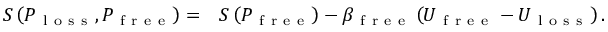
\begin{array} { r l } { S \left( P _ { \mathrm { ~ l ~ o ~ s ~ s ~ } } , P _ { \mathrm { ~ f ~ r ~ e ~ e ~ } } \right) = } & { { } S \left( P _ { \mathrm { ~ f ~ r ~ e ~ e ~ } } \right) - \beta _ { \mathrm { ~ f ~ r ~ e ~ e ~ } } \left( U _ { \mathrm { ~ f ~ r ~ e ~ e ~ } } - U _ { \mathrm { ~ l ~ o ~ s ~ s ~ } } \right) . } \end{array}